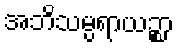
အဘိသမ္ပရာယဉ္စာ